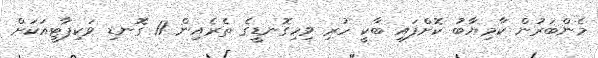
މެންބަރުން ކާމިޔާބު ކޮށްފައި ބާކީ ހުރި ވިހިގޮނޑީގެ ތެރެއިން 11 ގޮނޑި ވަކިޕާޓީއަކަށް